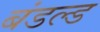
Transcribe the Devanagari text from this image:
बंडल्ड